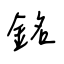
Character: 銘